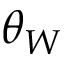
\theta _ { W }